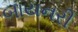
બાયનરી